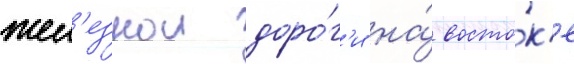
жел'езнои доро́г'и на́ восто́к'е